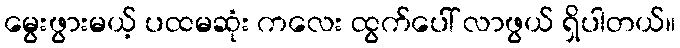
မွေးဖွားမယ့် ပထမဆုံး ကလေး ထွက်ပေါ် လာဖွယ် ရှိပါတယ်။